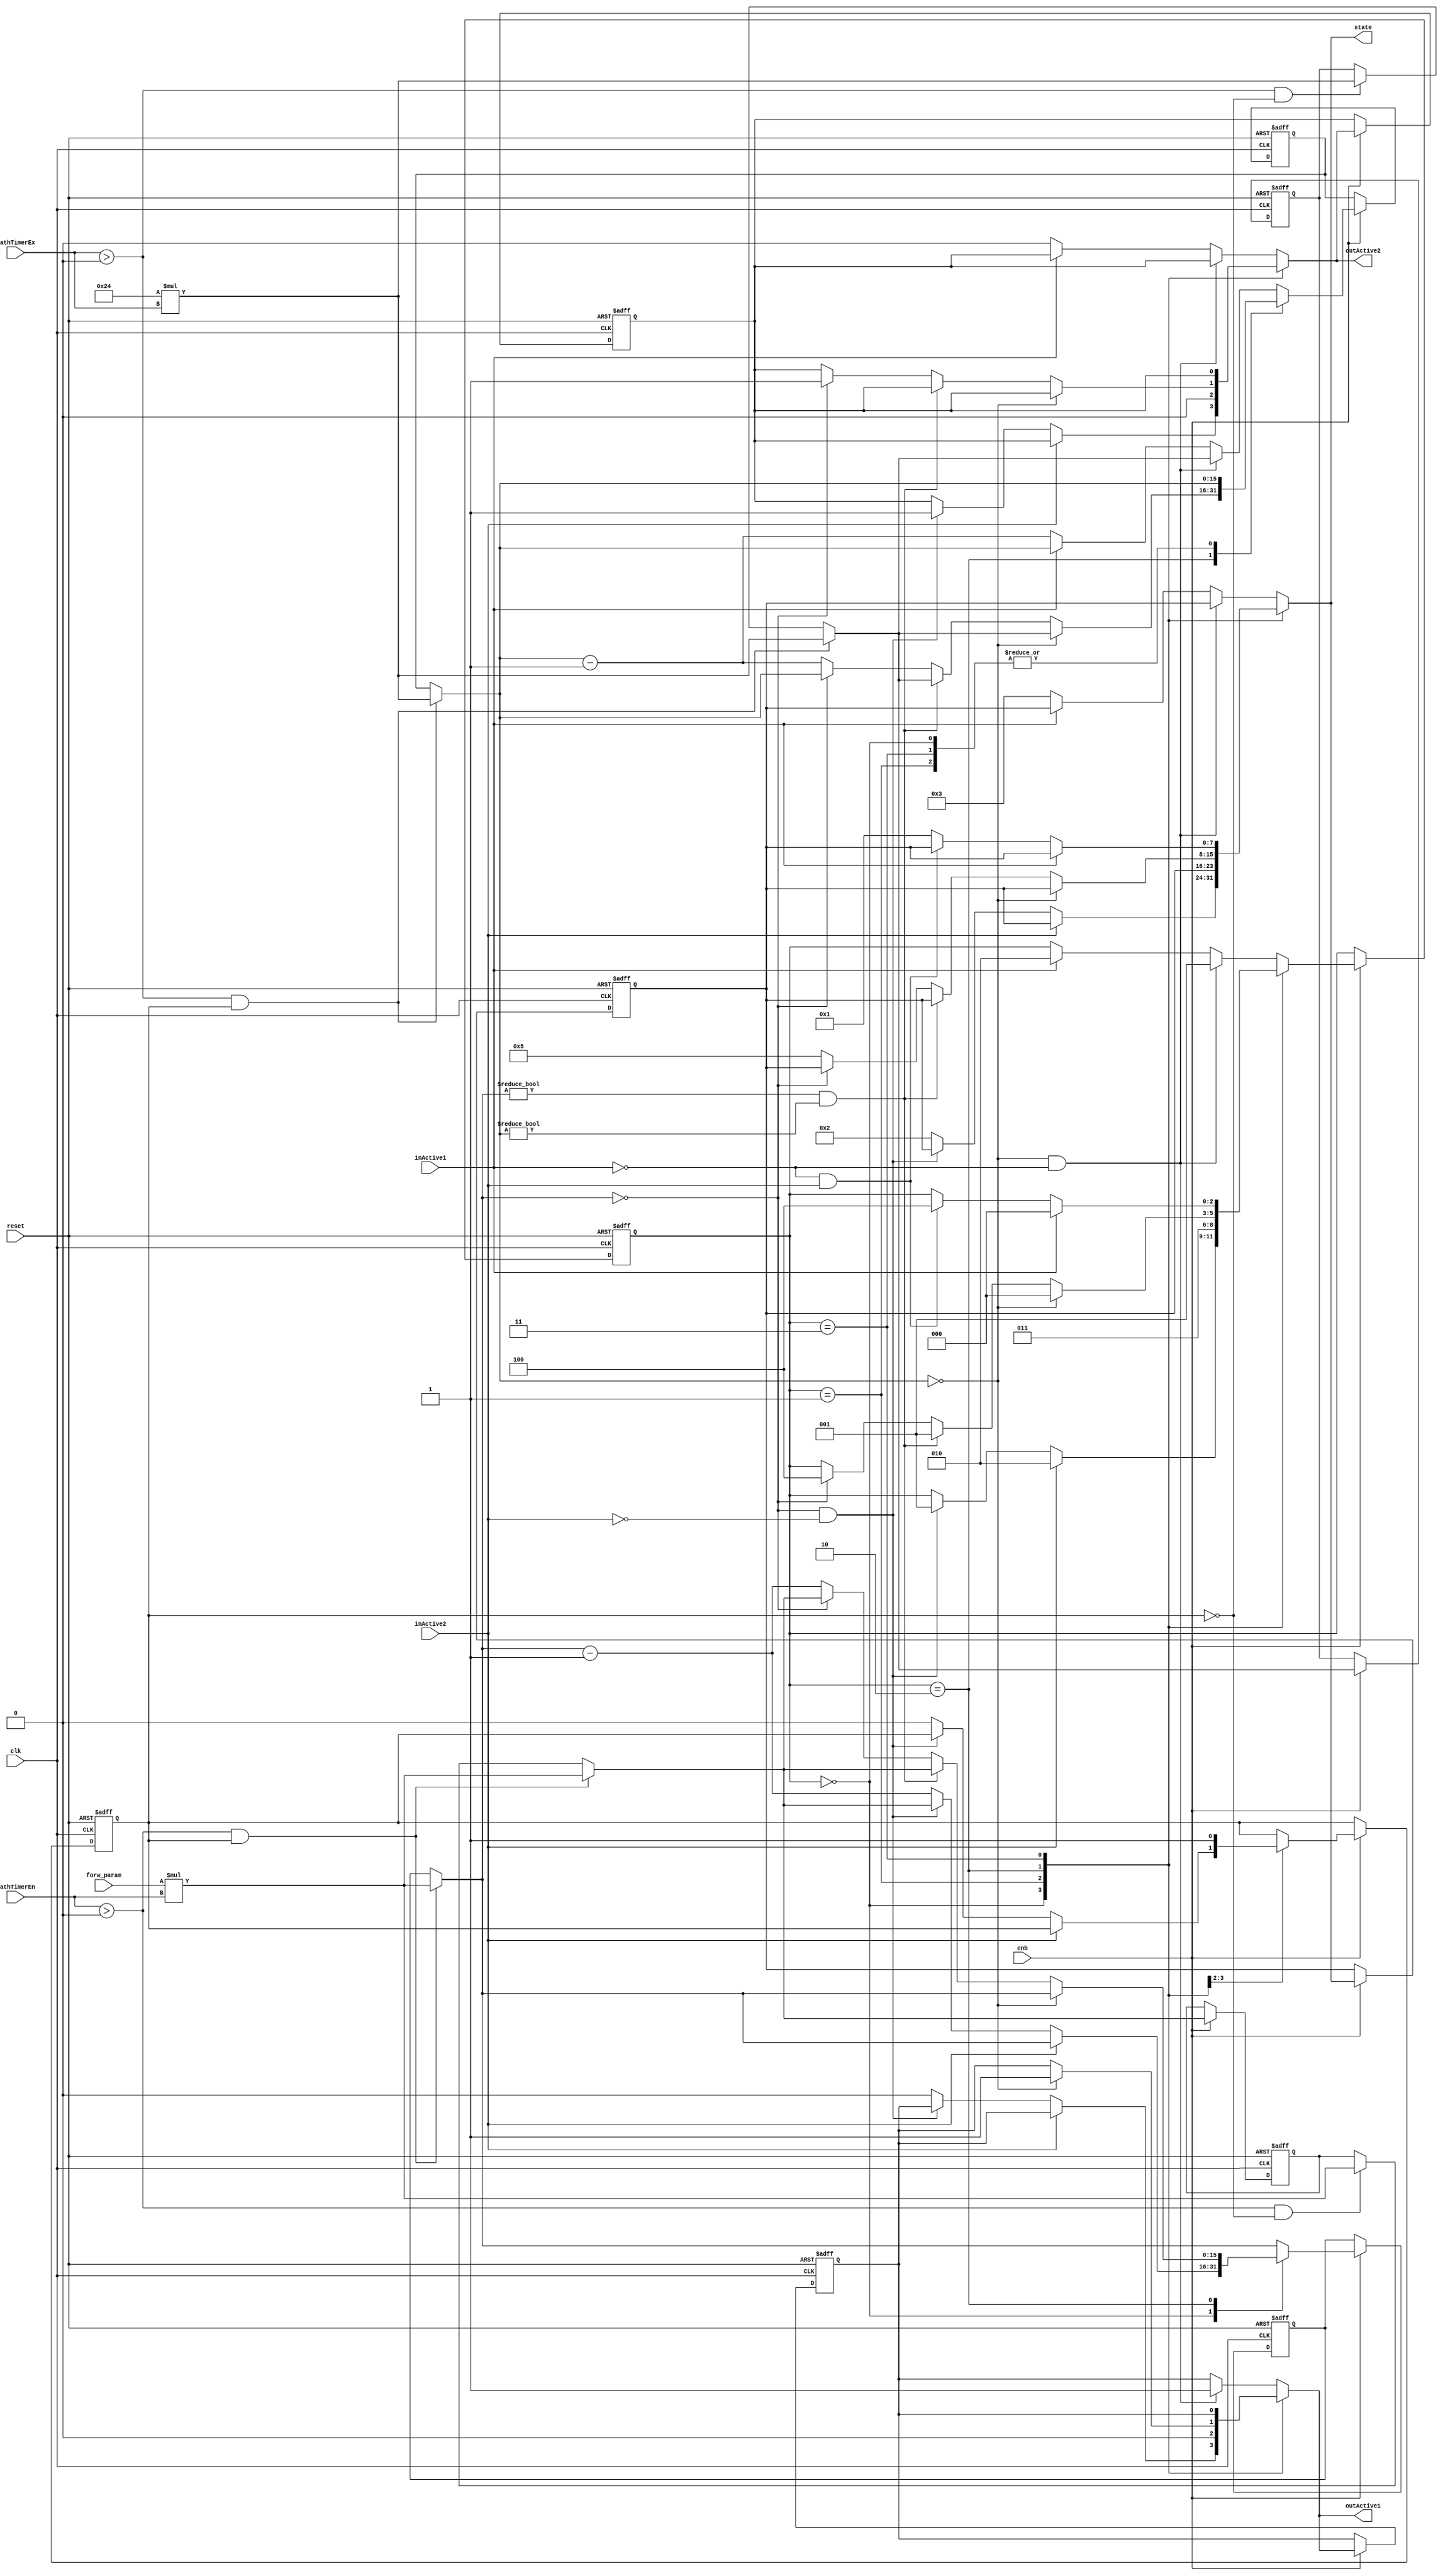
// -------------------------------------------------------------
// 
// 
// Generated by MATLAB 9.5 and HDL Coder 3.13
// 
// -------------------------------------------------------------


// -------------------------------------------------------------
// 
// Module: path_aut_block4
// Source Path: case2mod_new/PA6_6to7/path_aut
// Hierarchy Level: 2
// 
// -------------------------------------------------------------

`timescale 1 ns / 1 ns

module path_aut_block4
          (clk,
           reset,
           enb,
           inActive1,
           inActive2,
           forw_param,
           pathTimerEn,
           pathTimerEx,
           outActive1,
           outActive2,
           state);

  parameter [15:0] bck_param = 36;  // uint16
  // Default encoded enumeration values for type is_PathAutomaton5
  parameter is_PathAutomaton5_IN_AntegradeConduction = 3'd0, is_PathAutomaton5_IN_Conflict = 3'd1, is_PathAutomaton5_IN_Double = 3'd2, is_PathAutomaton5_IN_Idle = 3'd3, is_PathAutomaton5_IN_RetrogradeConduction = 3'd4;

  input   clk;
  input   reset;
  input   enb;
  input   inActive1;
  input   inActive2;
  input   [15:0] forw_param;  // uint16
  input   [15:0] pathTimerEn;  // uint16
  input   [15:0] pathTimerEx;  // uint16
  output  outActive1;
  output  outActive2;
  output  [7:0] state;  // uint8


  reg [2:0] is_PathAutomaton;  // uint8
  reg [15:0] forw_timer_cur;  // uint16
  reg [15:0] bck_timer_cur;  // uint16
  reg [15:0] bck_timer_def;  // uint16
  reg [15:0] forw_timer_def;  // uint16
  reg  idle_st;
  reg  outActive1_reg;
  reg  outActive2_reg;
  reg [7:0] state_reg;  // uint8
  reg [2:0] is_PathAutomaton_next;  // enum type is_PathAutomaton5 (5 enums)
  reg [15:0] forw_timer_cur_next;  // uint16
  reg [15:0] bck_timer_cur_next;  // uint16
  reg [15:0] bck_timer_def_next;  // uint16
  reg [15:0] forw_timer_def_next;  // uint16
  reg  idle_st_next;
  reg  outActive1_reg_next;
  reg  outActive2_reg_next;
  reg [7:0] state_reg_next;  // uint8
  reg [15:0] forw_timer_cur_temp;  // uint16
  reg [15:0] bck_timer_cur_temp;  // uint16
  reg [15:0] bck_timer_def_temp;  // uint16
  reg [15:0] forw_timer_def_temp;  // uint16
  reg [31:0] mul_temp;  // ufix32
  reg signed [31:0] cast;  // sfix32
  reg [31:0] mul_temp_0;  // ufix32
  reg signed [31:0] cast_0;  // sfix32
  reg [31:0] mul_temp_1;  // ufix32
  reg [31:0] mul_temp_2;  // ufix32


  always @(posedge clk or posedge reset)
    begin : SimpleModeling_c5_s5XQ586iC6QEN0xQSpsem4E_path_aut_process
      if (reset == 1'b1) begin
        forw_timer_cur <= 16'd0;
        bck_timer_cur <= 16'd0;
        bck_timer_def <= 16'd0;
        forw_timer_def <= 16'd0;
        state_reg <= 8'd0;
        outActive1_reg <= 1'b0;
        outActive2_reg <= 1'b0;
        is_PathAutomaton <= is_PathAutomaton5_IN_Idle;
        idle_st <= 1'b1;
      end
      else begin
        if (enb) begin
          is_PathAutomaton <= is_PathAutomaton_next;
          forw_timer_cur <= forw_timer_cur_next;
          bck_timer_cur <= bck_timer_cur_next;
          bck_timer_def <= bck_timer_def_next;
          forw_timer_def <= forw_timer_def_next;
          idle_st <= idle_st_next;
          outActive1_reg <= outActive1_reg_next;
          outActive2_reg <= outActive2_reg_next;
          state_reg <= state_reg_next;
        end
      end
    end

  always @(bck_timer_cur, bck_timer_def, forw_param, forw_timer_cur, forw_timer_def,
       idle_st, inActive1, inActive2, is_PathAutomaton, outActive1_reg,
       outActive2_reg, pathTimerEn, pathTimerEx, state_reg) begin
    forw_timer_cur_temp = forw_timer_cur;
    bck_timer_cur_temp = bck_timer_cur;
    bck_timer_def_temp = bck_timer_def;
    forw_timer_def_temp = forw_timer_def;
    outActive1_reg_next = outActive1_reg;
    outActive2_reg_next = outActive2_reg;
    state_reg_next = state_reg;
    is_PathAutomaton_next = is_PathAutomaton;
    idle_st_next = idle_st;
    if ((pathTimerEn > 16'b0000000000000000) && idle_st) begin
      mul_temp = forw_param * pathTimerEn;
      cast = mul_temp;
      forw_timer_def_temp = cast[15:0];
      forw_timer_cur_temp = forw_timer_def_temp;
    end
    else if ((pathTimerEn > 16'b0000000000000000) &&  ! idle_st) begin
      mul_temp_0 = forw_param * pathTimerEn;
      cast_0 = mul_temp_0;
      forw_timer_def_temp = cast_0[15:0];
    end
    if ((pathTimerEx > 16'b0000000000000000) && idle_st) begin
      mul_temp_1 = bck_param * pathTimerEx;
      bck_timer_def_temp = mul_temp_1[15:0];
      bck_timer_cur_temp = bck_timer_def_temp;
    end
    else if ((pathTimerEx > 16'b0000000000000000) &&  ! idle_st) begin
      mul_temp_2 = bck_param * pathTimerEx;
      bck_timer_def_temp = mul_temp_2[15:0];
    end
    case ( is_PathAutomaton)
      is_PathAutomaton5_IN_AntegradeConduction :
        begin
          if (inActive2) begin
            is_PathAutomaton_next = is_PathAutomaton5_IN_Double;
          end
          else if ((forw_timer_cur_temp == 16'b0000000000000000) &&  ! inActive2) begin
            forw_timer_cur_temp = forw_timer_def_temp;
            outActive2_reg_next = 1'b1;
            is_PathAutomaton_next = is_PathAutomaton5_IN_Conflict;
          end
          else begin
            forw_timer_cur_temp = forw_timer_cur_temp - 16'd1;
            outActive1_reg_next = 1'b0;
            idle_st_next = 1'b0;
            state_reg_next = 8'd2;
          end
        end
      is_PathAutomaton5_IN_Conflict :
        begin
          outActive2_reg_next = 1'b0;
          outActive1_reg_next = 1'b0;
          is_PathAutomaton_next = is_PathAutomaton5_IN_Idle;
          idle_st_next = 1'b1;
        end
      is_PathAutomaton5_IN_Double :
        begin
          if (bck_timer_cur_temp == 16'b0000000000000000) begin
            bck_timer_cur_temp = bck_timer_def_temp;
            outActive1_reg_next = 1'b1;
            is_PathAutomaton_next = is_PathAutomaton5_IN_AntegradeConduction;
          end
          else if ((forw_timer_cur_temp != 16'b0000000000000000) && (bck_timer_cur_temp != 16'b0000000000000000)) begin
            forw_timer_cur_temp = forw_timer_def_temp;
            bck_timer_cur_temp = bck_timer_def_temp;
            is_PathAutomaton_next = is_PathAutomaton5_IN_Conflict;
          end
          else if (forw_timer_cur_temp == 16'b0000000000000000) begin
            forw_timer_cur_temp = forw_timer_def_temp;
            outActive2_reg_next = 1'b1;
            is_PathAutomaton_next = is_PathAutomaton5_IN_RetrogradeConduction;
          end
          else begin
            forw_timer_cur_temp = forw_timer_cur_temp - 16'b0000000000000001;
            bck_timer_cur_temp = bck_timer_cur_temp - 16'b0000000000000001;
            state_reg_next = 8'd5;
          end
        end
      is_PathAutomaton5_IN_Idle :
        begin
          if (inActive1) begin
            is_PathAutomaton_next = is_PathAutomaton5_IN_AntegradeConduction;
          end
          else if (( ! inActive1) && inActive2) begin
            is_PathAutomaton_next = is_PathAutomaton5_IN_RetrogradeConduction;
          end
          else begin
            state_reg_next = 8'd1;
          end
        end
      default :
        begin
          if ((bck_timer_cur_temp == 16'b0000000000000000) &&  ! inActive1) begin
            bck_timer_cur_temp = bck_timer_def_temp;
            outActive1_reg_next = 1'b1;
            is_PathAutomaton_next = is_PathAutomaton5_IN_Conflict;
          end
          else if (inActive1) begin
            is_PathAutomaton_next = is_PathAutomaton5_IN_Double;
          end
          else begin
            bck_timer_cur_temp = bck_timer_cur_temp - 16'd1;
            outActive2_reg_next = 1'b0;
            state_reg_next = 8'd3;
          end
        end
    endcase
    forw_timer_cur_next = forw_timer_cur_temp;
    bck_timer_cur_next = bck_timer_cur_temp;
    bck_timer_def_next = bck_timer_def_temp;
    forw_timer_def_next = forw_timer_def_temp;
  end

  assign outActive1 = outActive1_reg_next;
  assign outActive2 = outActive2_reg_next;
  assign state = state_reg_next;



endmodule  // path_aut_block4